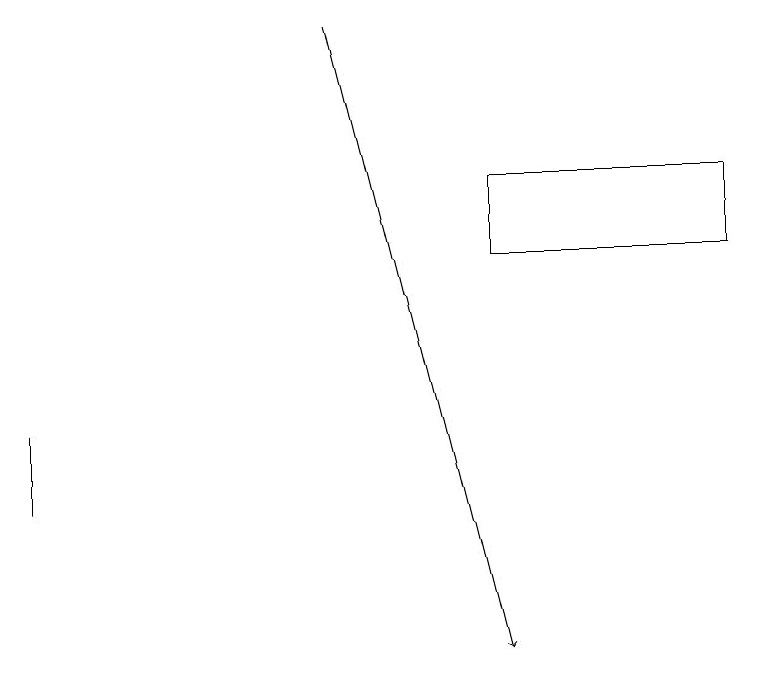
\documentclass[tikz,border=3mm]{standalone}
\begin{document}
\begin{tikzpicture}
\draw (9,17) rectangle (6,16);
\draw[->] (4,19) -- (6,11);
\draw (0,13) rectangle (0,14);
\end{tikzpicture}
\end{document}